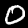
Label: 0